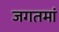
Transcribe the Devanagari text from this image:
जगतमां